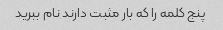
پنج کلمه را که بار مثبت دارند نام ببرید